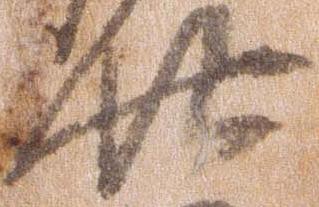
廿